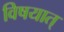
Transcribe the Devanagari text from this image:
विषयात्